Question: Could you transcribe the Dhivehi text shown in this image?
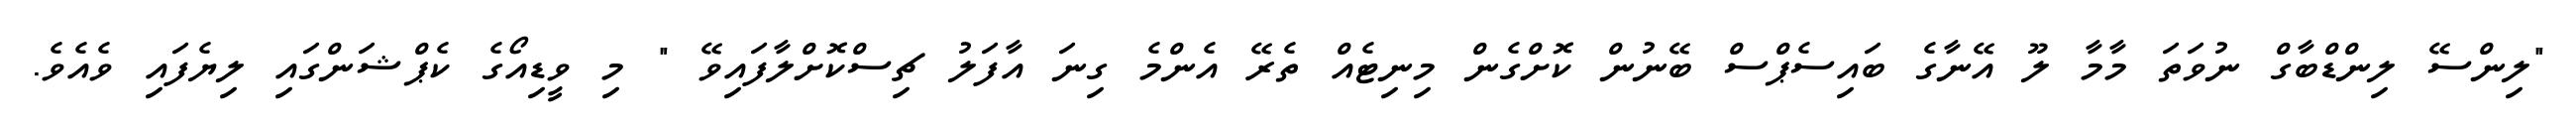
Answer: "ލިންސޭ ލިންޑްބާގް ނުވަތަ މާމާ ލޫ އޭނާގެ ބައިސެޕްސް ބޭނުން ކޮށްގެން މިނިޓެއް ތެރޭ އެންމެ ގިނަ އާފަލު ޗިސްކޮށްލާފައިވޭ " މި ވީޑިއޯގެ ކެޕްޝަންގައި ލިޔެފައި ވެއެވެ.